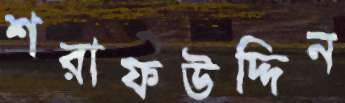
শরাফউদ্দিন